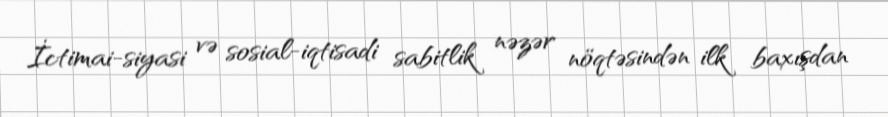
İctimai-siyasi və sosial-iqtisadi sabitlik nəzər nöqtəsindən ilk baxışdan